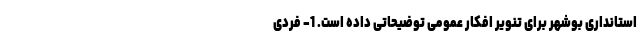
استانداری بوشهر برای تنویر افکار عمومی توضیحاتی داده است. 1- فردی